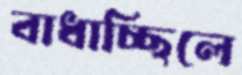
বাধাচ্ছিলে